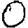
Digit: 0